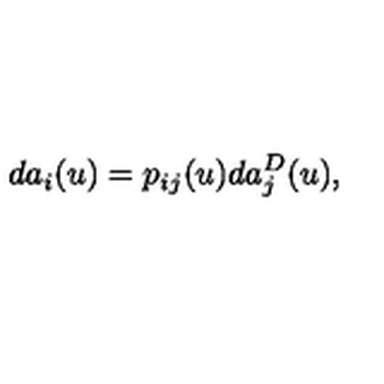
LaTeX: d a _ { i } ( u ) = p _ { i j } ( u ) d a _ { j } ^ { D } ( u ) ,